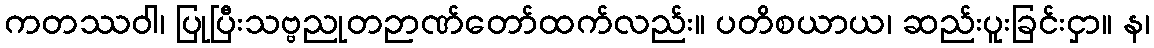
ကတဿဝါ၊ ပြုပြီးသဗ္ဗညုတဉာဏ်တော်ထက်လည်း။ ပတိစယာယ၊ ဆည်းပူးခြင်းငှာ။ န၊